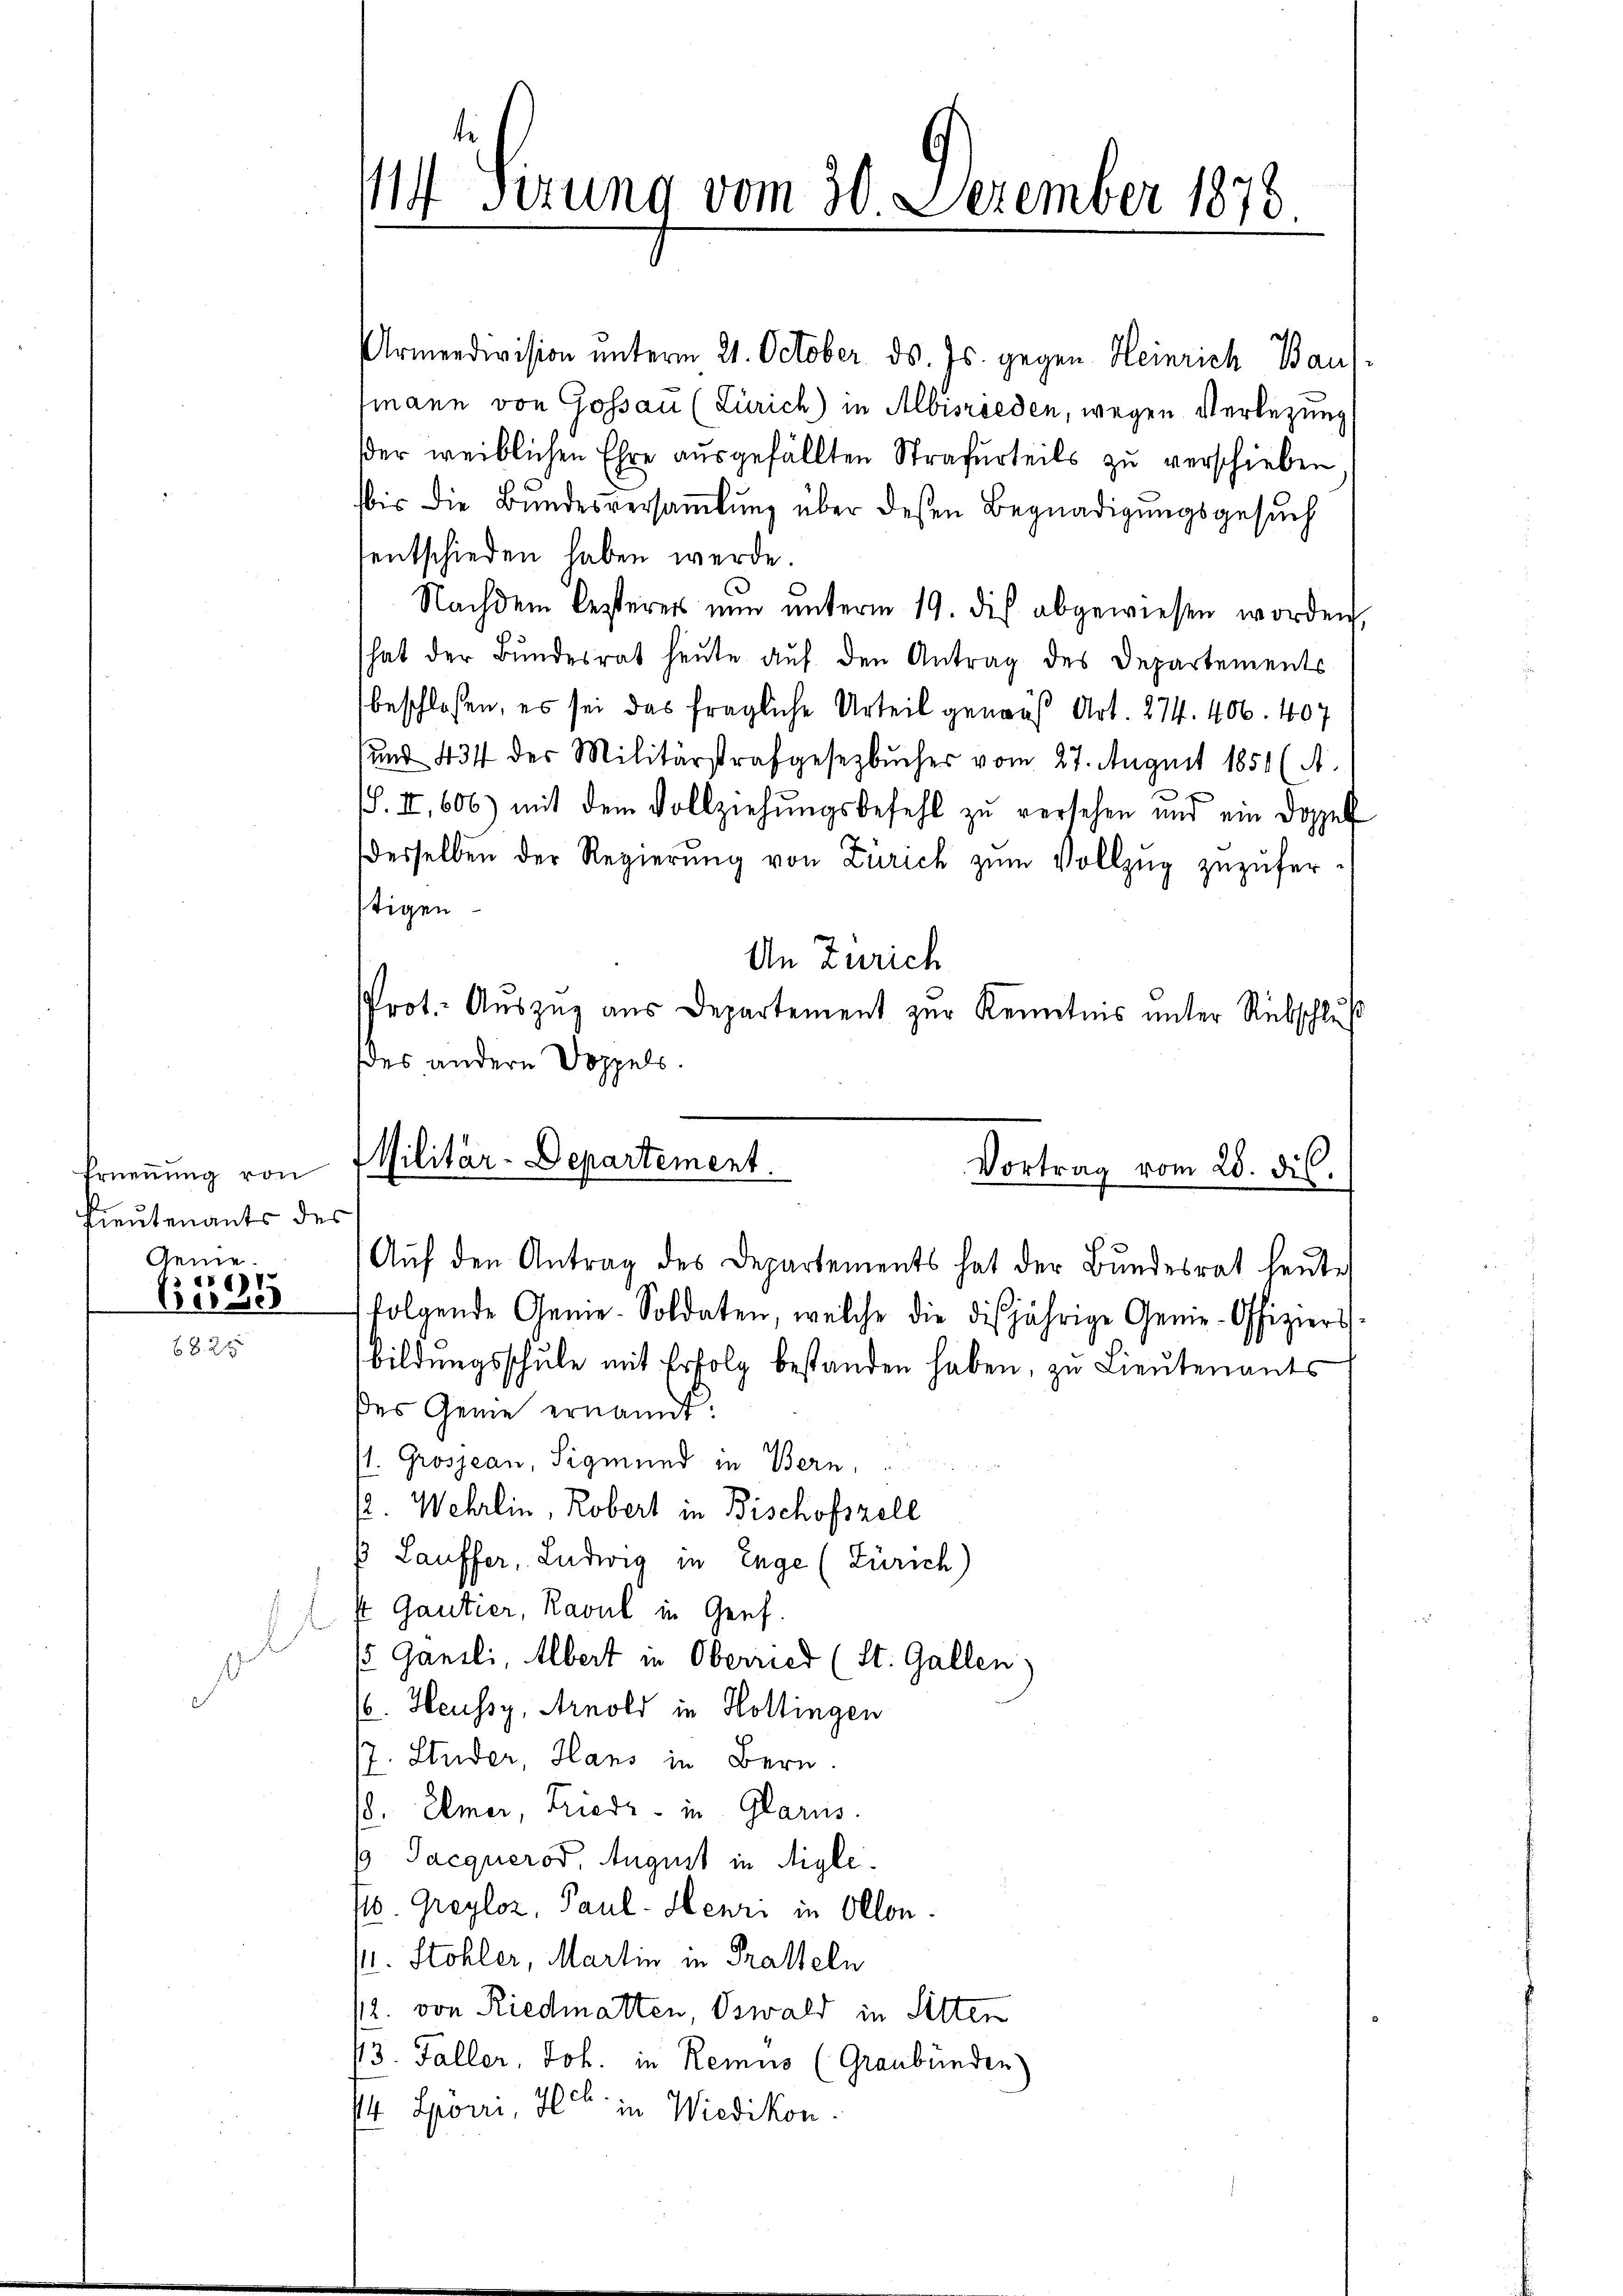
Lieutenants des
Genie.
)

Armendivision unterm 21. October ds. Js. gegen Heinrich Baus
tmann von Gossau (Zürich) in Albisrieden, wegen Verlegung
der weiblichen Ehre ausgefällten Strafurteils zu verschieben
bis die Bŭndesversaṁlŭng über dessen Begnadigungsgesŭch
entschieden haben werde.
Nachdem Besterer nun unterm 19. dis abgewiesen worden,
hat der Bundesrat heute auf den Antrag des Departements
beschlossen, es sei das fragliche Urteil genaus Art. 274. 406. 407
sund 434 des Militärstrafgesezbuches vom 27. August 1851 (A.
f
S. II, 606) mit dem Vollziehŭngsbefehl zŭ versehen und ein Doppel
desselben der Regierŭng von Zürich zŭm Vollzŭg zŭzŭfer-
stigen
An Zürich
Prot. Auszug aus Departement zur Kenntnis unter Rübschluß
des andern Doppels.
Besses
folgende Genie-Soldaten, welche die disjährige Genie-Offiziers
2 x
bildungsschule mit Erfolg bestanden haben, zu Lieutenants
des Geme ernannt:
/1. Grosjean, Sigmund in Bern.
2. Wehrlin, Robert in Bischofszell
ß Lauffer, Ludwig in Enge (Zürich)
st Gautier, Ravul in Genf
15 Ganzli, Albert in Oberried (St. Gallen.
.
/6. Heussy, Arnold in Hottingen
7. Studer, Hans in Bern.
/8. Elmer, Friedr. in Glarus.
 Jacqueros, August in Aigle.
4. Greyloz, Paul - Henri in Ollon.
Pr. Stohler, Martin in Tratteln
/2. von Riedmatten, Oswald in Sitten
13. Faller, Joh. in Remus (Graubünden
 Spörri, Heck in Wiedikon

14. Serung vom 30. December 1878.

Ernennung von 1 Militär-Departement
Vortrag vom 28. ds.
Auf den Antrag des Departements hat der Bundesrat heute